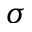
\sigma